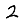
Digit: 2